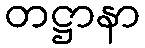
တဋ္ဌာနာ